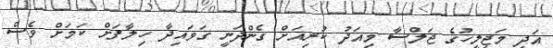
އަދި މަޖިލީހުގެ ޖަލްސާ މިއަދު ކުރިއަށް ގެންދަނީ ގަވައިދާ ހިލާފަށް ކަމަށް ވެސް